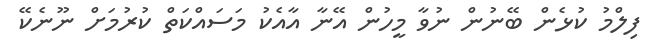
ފިލްމު ކުޅެން ބޭނުން ނުވާ މީހުން އޭނާ އާއެކު މަސައްކަތް ކުރުމަށް ނޫނެކޭ